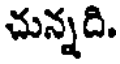
చున్నది.